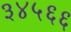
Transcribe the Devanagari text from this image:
३४५६६